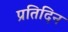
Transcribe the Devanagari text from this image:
प्रतिदिन